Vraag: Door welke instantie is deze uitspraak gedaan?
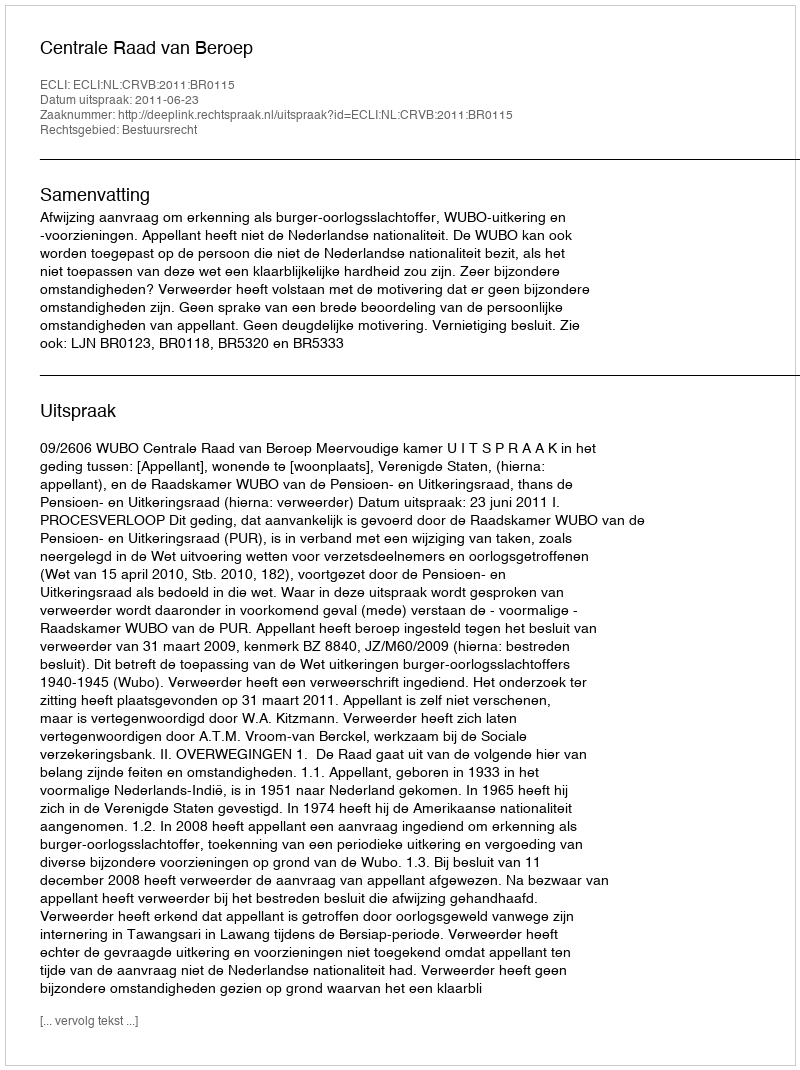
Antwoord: Centrale Raad van Beroep